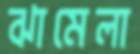
ঝামেলা